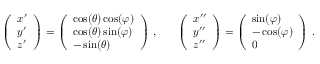
\begin{array} { r l r } { \left( \begin{array} { l } { x ^ { \prime } } \\ { y ^ { \prime } } \\ { z ^ { \prime } } \end{array} \right) = \left( \begin{array} { l } { \cos ( \theta ) \cos ( \varphi ) } \\ { \cos ( \theta ) \sin ( \varphi ) } \\ { - \sin ( \theta ) } \end{array} \right) \, , } & { } & { \left( \begin{array} { l } { x ^ { \prime \prime } } \\ { y ^ { \prime \prime } } \\ { z ^ { \prime \prime } } \end{array} \right) = \left( \begin{array} { l } { \sin ( \varphi ) } \\ { - \cos ( \varphi ) } \\ { 0 } \end{array} \right) \, . } \end{array}